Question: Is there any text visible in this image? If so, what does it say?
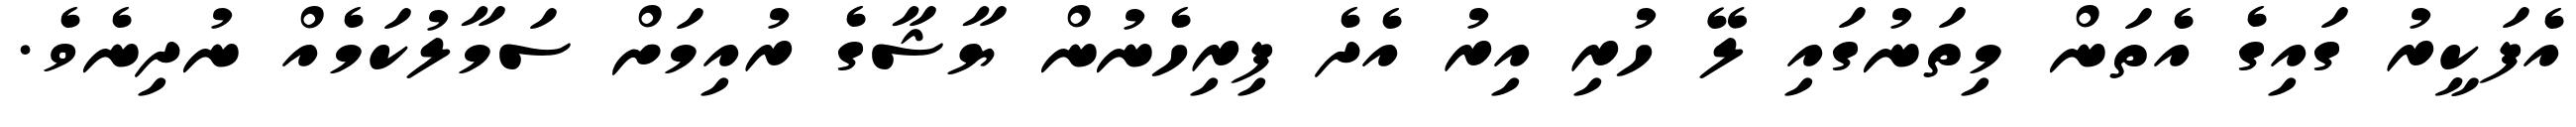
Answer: އެފަކީރު ގައިގެ އެތަން މިތަނުގައި ލޭ ހުރި އިރު އެދެ ފިރިހެނުން ޔާޝާގެ ރުއިމަށް ސަމާލުކަމެއް ނުދިނެވެ.